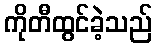
ကိုတီထွင်ခဲ့သည်